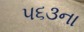
૫૬૩ના